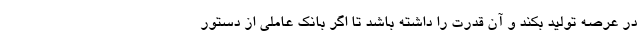
در عرصه تولید بکند و آن قدرت را داشته باشد تا اگر بانک عاملی از دستور